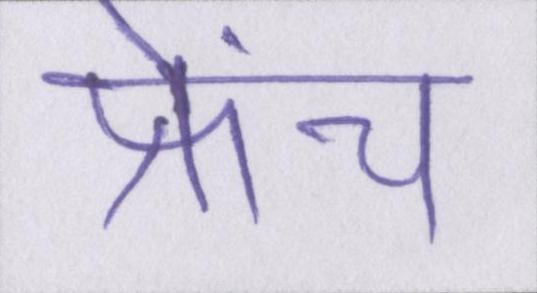
फ्रेंच